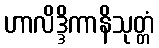
ဟာလိဒ္ဒိကာနိသုတ္တံ